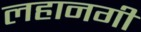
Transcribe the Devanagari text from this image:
लहानगी